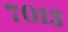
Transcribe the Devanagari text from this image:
७०१३